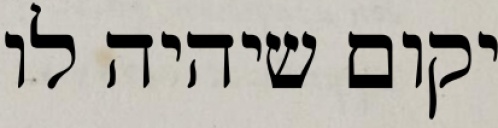
יקום שיהיה לו